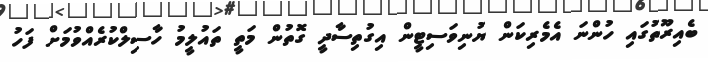
ބެއިރޫތުގައި ހުންނަ އެމެރިކަން ޔުނިވަސިޓީން އިގުތިސާދީ ގޮތުން މަތީ ތައުލީމު ހާސިލްކުރެއްވުމަށް ފަހު